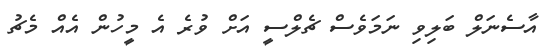
އާސެނަލް ބަލިވި ނަމަވެސް ޗެލްސީ އަށް ވުރެ އެ މީހުން އެއް މެޗު